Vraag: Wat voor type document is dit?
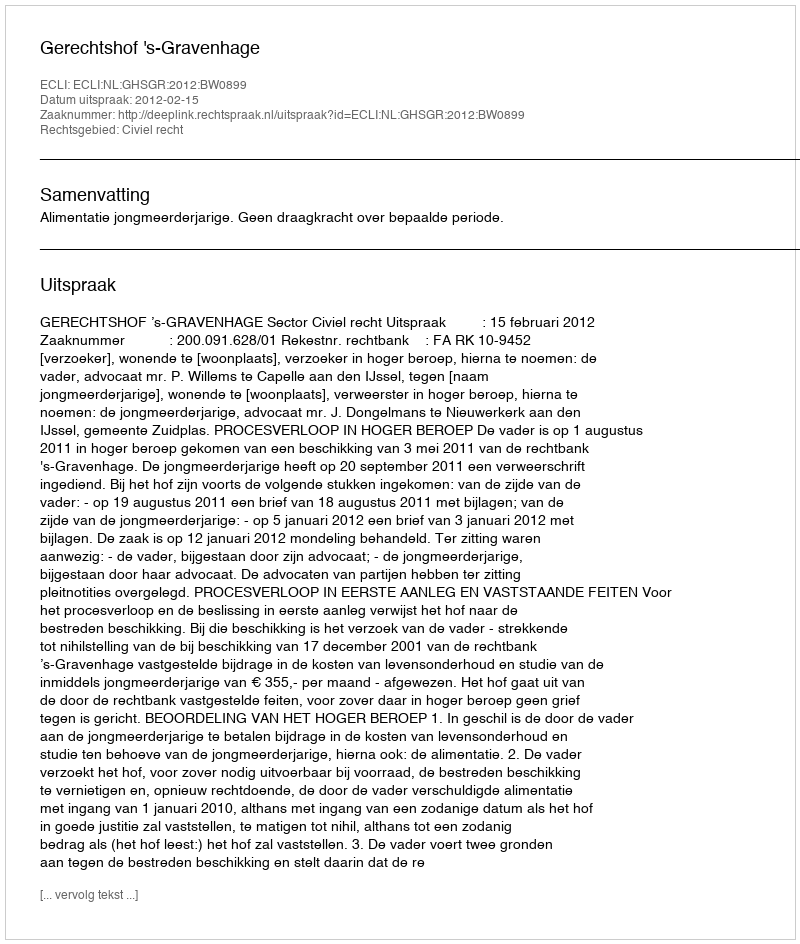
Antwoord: Uitspraak